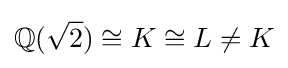
\mathbb {Q} ({\sqrt {2}})\cong K\cong L\neq K